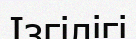
Ізгілігі